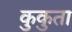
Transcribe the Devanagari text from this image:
कुकुता